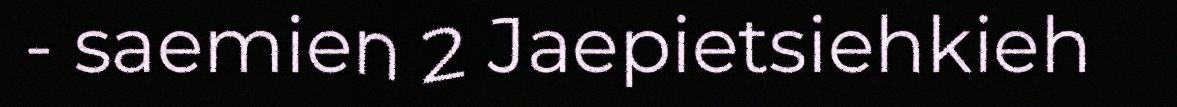
- saemien 2 Jaepietsiehkieh